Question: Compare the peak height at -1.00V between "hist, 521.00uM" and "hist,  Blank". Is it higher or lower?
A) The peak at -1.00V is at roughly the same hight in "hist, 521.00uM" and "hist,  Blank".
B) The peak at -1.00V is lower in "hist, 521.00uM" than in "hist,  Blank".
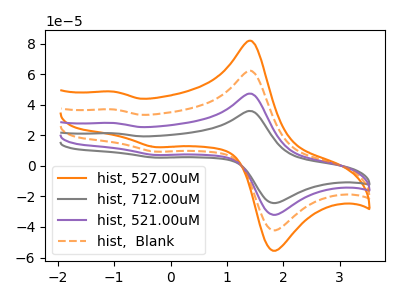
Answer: <think>The orange curve "hist, 527.00uM" has anodic peaks at (1.45V, 141.45uA) (-1.00V, 83.95uA) and cathodic peaks at (1.90V, -94.70uA) (-0.25V, 21.10uA). The gray curve "hist, 712.00uM" has anodic peaks at (1.45V, 35.80uA) (-1.00V, 21.25uA) and cathodic peaks at (1.90V, -24.00uA) (-0.25V, 5.35uA). The purple curve "hist, 521.00uM" has anodic peaks at (1.45V, 47.15uA) (-1.00V, 28.00uA) and cathodic peaks at (1.90V, -31.55uA) (-0.25V, 7.05uA). The orange dashed curve "hist,  Blank" has anodic peaks at (1.45V, 94.30uA) (-1.00V, 56.00uA) and cathodic peaks at (1.90V, -63.15uA) (-0.25V, 14.05uA).</think>
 <answer>B) The peak at -1.00V is lower in "hist, 521.00uM" than in "hist,  Blank".</answer>
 <eval>B</eval>